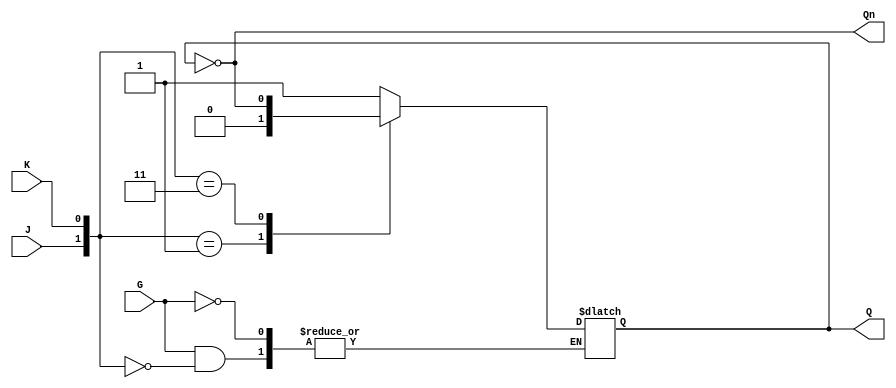
module gated_jk_latch (
    input wire J,    // Set input
    input wire K,    // Reset input
    input wire G,    // Gate input
    output reg Q,    // Current state output
    output wire Qn   // Inverted state output
);

    assign Qn = ~Q; // Q' is the inverted state of Q

    always @(G or J or K or Q) begin
        if (G) begin
            case ({J, K})
                2'b10: Q <= 1;    // Set state
                2'b01: Q <= 0;    // Reset state
                2'b00: Q <= Q;    // No change
                2'b11: Q <= ~Q;   // Toggle state
            endcase
        end
        // When G = 0, Q retains its value due to the behavior of the latch
    end

endmodule